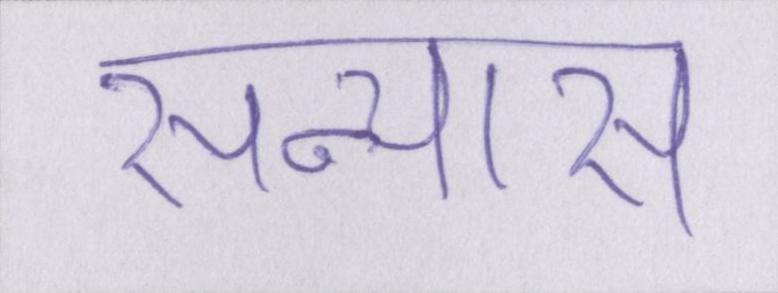
सन्यास